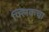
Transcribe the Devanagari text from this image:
फ्लिकचा